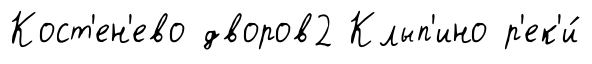
Кост'ен'ево дворов2 Клып'ино р'ек'и́